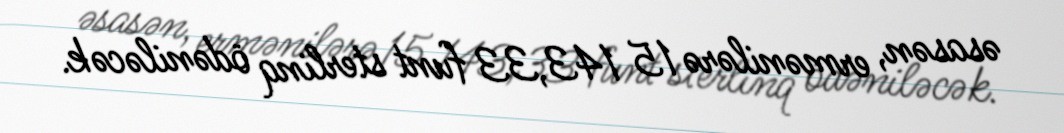
əsasən, ermənilərə 15 143,33 funt sterlinq ödəniləcək.